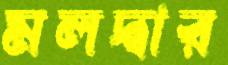
মলদ্বার